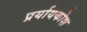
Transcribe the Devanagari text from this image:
प्रर्यायकोश